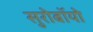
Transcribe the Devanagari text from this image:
सुरोबॉयो